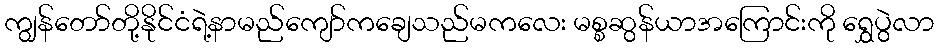
ကျွန်တော်တို့နိုင်ငံရဲ့နာမည်ကျော်ကချေသည်မကလေး မစ္စဆွန်ယာအကြောင်းကို ရွှေပွဲလာ